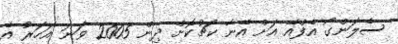
ސެލަންގޯ އެފްއޭ އަށް އޭނާ ކޯޗުކޮށް ދިން 2005 ވަނަ އަހަރު އެ